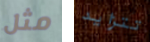
مثل تتزايد